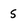
Character: 5